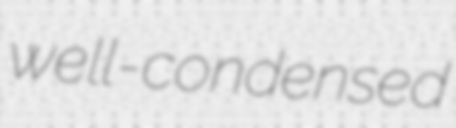
well-condensed